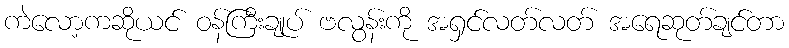
ကဲလော့ကဆိုယင် ဝန်ကြီးချုပ် ဗလွန်းကို အရှင်လတ်လတ် အရေဆုတ်ချင်တာ